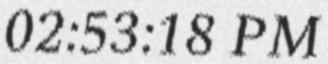
02:53:18 PM